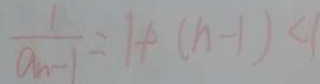
\frac { 1 } { a _ { n - 1 } } = 1 + ( n - 1 ) < 1